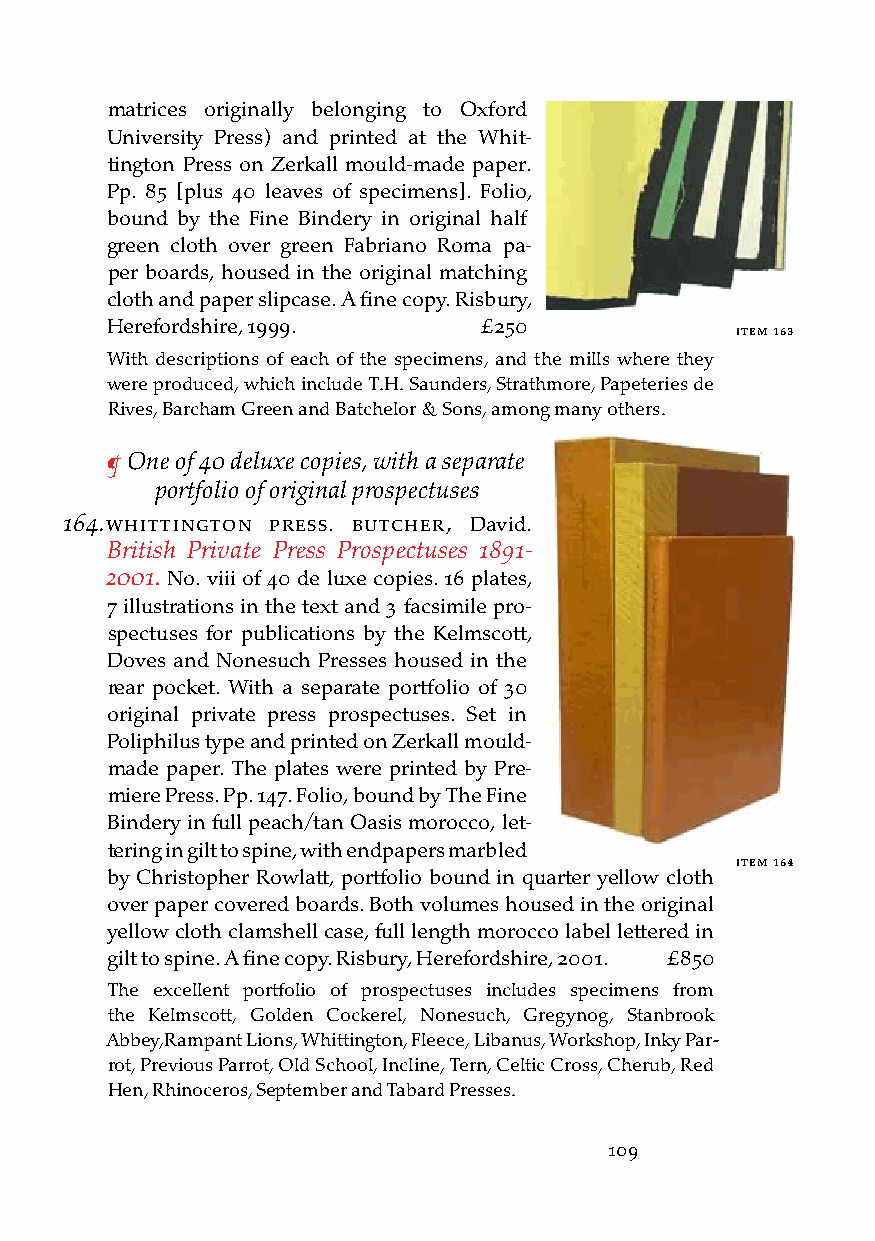
matrices originally belonging to Oxford
 University Press) and printed at the Whit-
 tington Press on Zerkall mould-made paper.
 Pp. 85 [plus 40 leaves of specimens]. Folio,
 bound by the Fine Bindery in original half
 green cloth over green Fabriano Roma pa-
 per boards, housed in the original matching
 cloth and paper slipcase. A fine copy. Risbury,
 Herefordshire, 1999.     £250
 iteM 163
 With descriptions of each of the specimens, and the mills where they
 were produced, which include T.H. Saunders, Strathmore, Papeteries de
 Rives, Barcham Green and Batchelor & Sons, among many others.
 ¶ One of 40 deluxe copies, with a separate
 portfolio of original prospectuses
 164. WHittington Press. butcHer, David.
 British Private Press Prospectuses 1891-
 2001. No. viii of 40 de luxe copies. 16 plates,
 7 illustrations in the text and 3 facsimile pro-
 spectuses for publications by the Kelmscott,
 Doves and Nonesuch Presses housed in the
 rear pocket. With a separate portfolio of 30
 original private press prospectuses. Set in
 Poliphilus type and printed on Zerkall mould-
 made paper. The plates were printed by Pre-
 miere Press. Pp. 147. Folio, bound by The Fine
 Bindery in full peach/tan Oasis morocco, let-
 tering in gilt to spine, with endpapers marbled
 iteM 164
 by Christopher Rowlatt, portfolio bound in quarter yellow cloth
 over paper covered boards. Both volumes housed in the original
 yellow cloth clamshell case, full length morocco label lettered in
 gilt to spine. A fine copy. Risbury, Herefordshire, 2001. £850
 The excellent portfolio of prospectuses includes specimens from
 the Kelmscott, Golden Cockerel, Nonesuch, Gregynog, Stanbrook
 Abbey,Rampant Lions, Whittington, Fleece, Libanus, Workshop, Inky Par-
 rot, Previous Parrot, Old School, Incline, Tern, Celtic Cross, Cherub, Red
 Hen, Rhinoceros, September and Tabard Presses.
 109